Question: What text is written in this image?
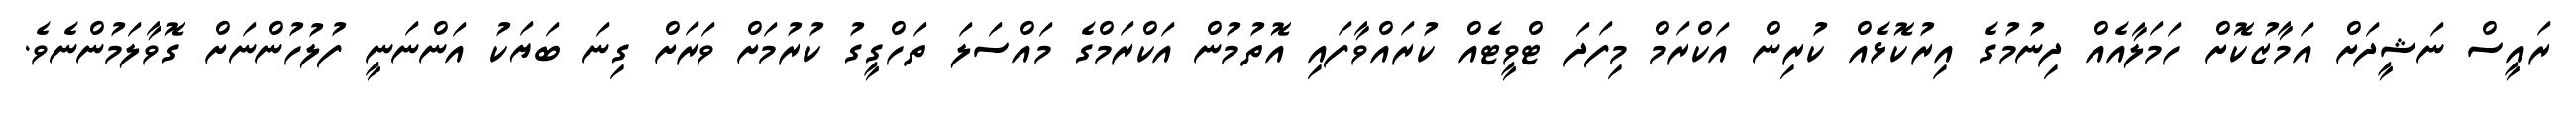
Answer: ރައީސް ނަޝީދަށް އަމާޒުކޮށް ހަމަލާއެއް ދިނުމުގެ އިރުކޮޅެއް ކުރިން އަކްރަމް މިފަދަ ޓްވީޓެއް ކުރައްވާފައި އޮތުމުން އަކްރަމްގެ މައްސަލަ ތަހްގީގު ކުރުމަށް ވަރަށް ގިނަ ބަޔަކު އަންނަނީ ފުލުހުންނަށް ގޮވާލަމުންނެވެ.